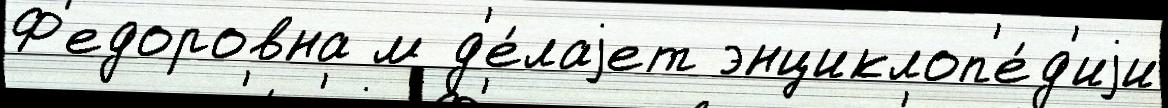
Ф'едоровна м д'е́лаjет энциклоп'е́д'иjи